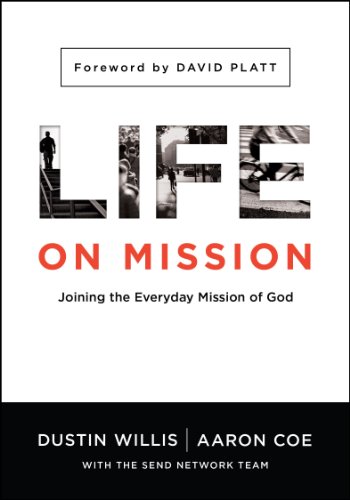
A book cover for Life on Mission: Joining the Everyday Mission of God; Dustin Willis; Christian Books & Bibles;